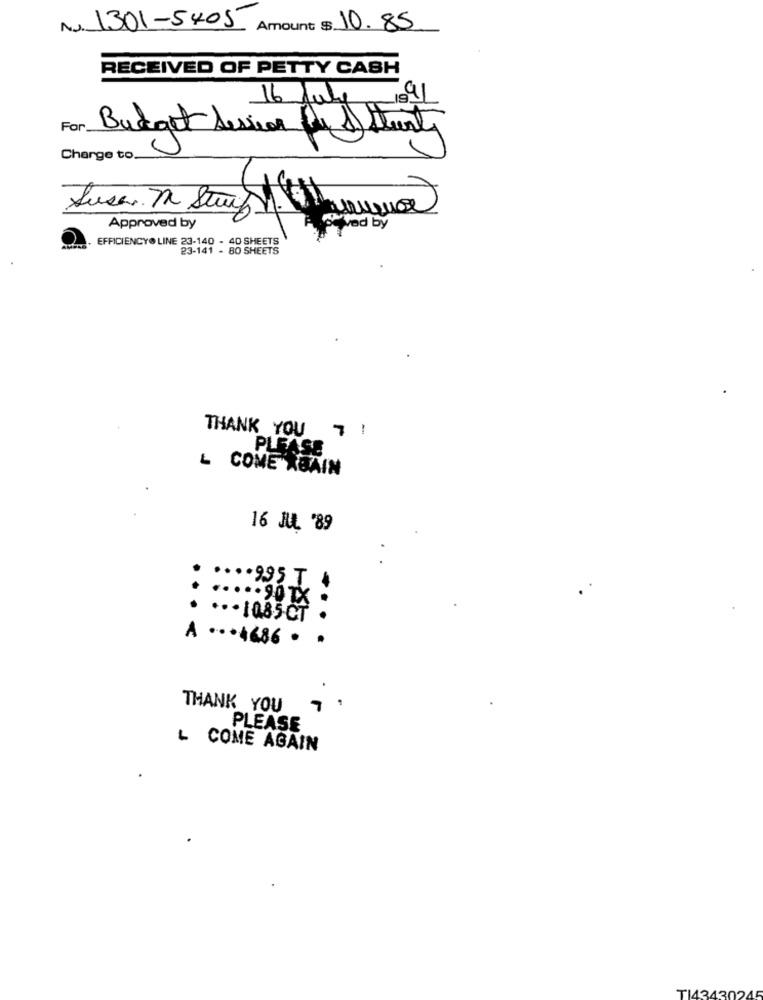
1301-5405
$ 10.85
RECEIVED OF PETTY CASH
16 July
For
Budget Session fr & Start
Charge to.
Luca. 7 Stup 1 hour
Approved by
ved by
EFFICIENCYO LINE 23-140 - 40 SHEETS
23-141 - 80 SHEETS
THANK YOU
71
PLEASE
L COME XBAIN
16 JU '89
.... 995 T 4
.. . 1085
...
A ... 4686 .
THANK YOU
PLEASE
L COME AGAIN
TI43430245